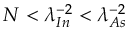
N < \lambda _ { I n } ^ { - 2 } < \lambda _ { A s } ^ { - 2 }